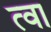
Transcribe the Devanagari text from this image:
त्‍वा